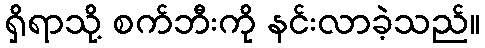
ရှိရာသို့ စက်ဘီးကို နင်းလာခဲ့သည်။